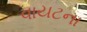
વાયટના